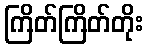
ကြိတ်ကြိတ်တိုး